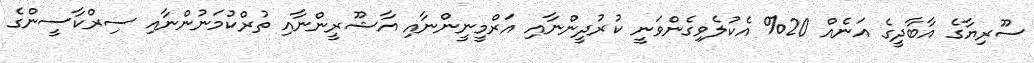
ސޫރިޔާގެ އާބާދީގެ އަނެއް 20% އެކުލެވިގެންވަނީ ކުރުދީންނާއި އަރްމީނީންނާއި އާޝޫރީންނާއި ތުރްކުމަނުންނާއި ސިރްކާސީންގެ